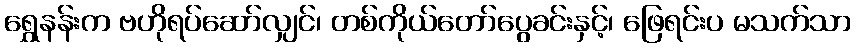
ရွှေနန်းက ဗဟိုရပ်ဆော်လျှင်၊ တစ်ကိုယ်တော်ပွေခင်းနှင့်၊ ဖြေရင်းပ မသက်သာ